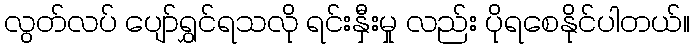
လွတ်လပ် ပျော်ရွှင်ရသလို ရင်းနှီးမှု လည်း ပိုရစေနိုင်ပါတယ်။